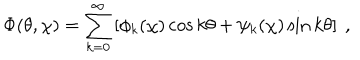
LaTeX: \Phi ( \theta , \chi ) = \sum _ { k = 0 } ^ { \infty } \left[ \phi _ { k } ( \chi ) \cos k \theta + \psi _ { k } ( \chi ) \sin k \theta \right] ~ ,